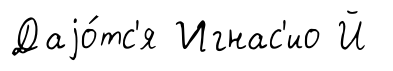
Даjо́тс'я Игнас'ио Й